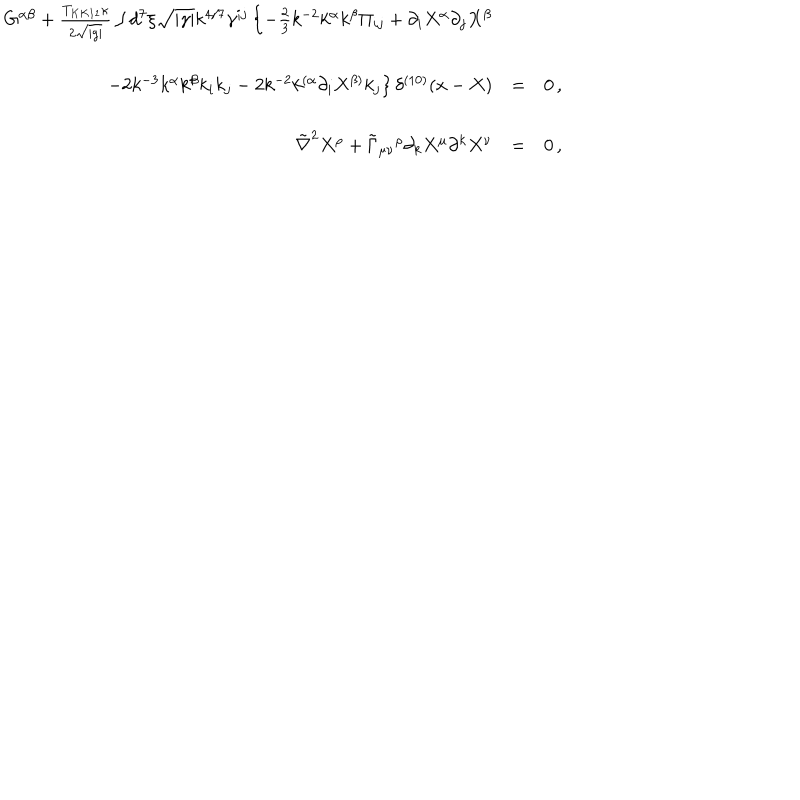
\begin{array} { r c l } { { G ^ { \alpha \beta } + { \frac { T _ { K K 1 1 } \kappa } { 2 \sqrt { | g | } } } \int d ^ { 7 } \xi \sqrt { | \gamma | } k ^ { 4 / 7 } \gamma ^ { i j } \left\{ - \frac { 2 } { 3 } k ^ { - 2 } k ^ { \alpha } k ^ { \beta } \Pi _ { i j } + \partial _ { i } X ^ { \alpha } \partial _ { j } X ^ { \beta } \right. } } & { { } } & { { } } \\ { { } } & { { } } & { { } } \\ { { \left. - 2 k ^ { - 3 } k ^ { \alpha } k ^ { \beta } k _ { i } k _ { j } - 2 k ^ { - 2 } k ^ { ( \alpha } \partial _ { i } X ^ { \beta ) } k _ { j } \right\} \delta ^ { ( 1 0 ) } ( x - X ) } } & { { = } } & { { 0 \, , } } \\ { { } } & { { } } & { { } } \\ { { \tilde { \nabla } ^ { 2 } X ^ { \rho } + \tilde { \Gamma } _ { \mu \nu } { } ^ { \rho } \partial _ { k } X ^ { \mu } \partial ^ { k } X ^ { \nu } } } & { { = } } & { { 0 \, , } } \\ \end{array}